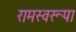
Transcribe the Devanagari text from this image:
रामस्वरूपा